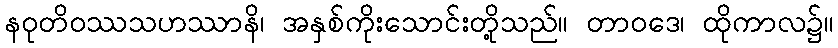
နဝုတိဝဿသဟဿာနိ၊ အနှစ်ကိုးသောင်းတို့သည်။ တာဝဒေ၊ ထိုကာလ၌။